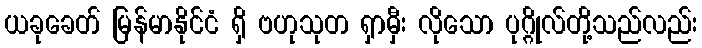
ယခုခေတ် မြန်မာနိုင်ငံ ရှိ ဗဟုသုတ ရှာမှီး လိုသော ပုဂ္ဂိုလ်တို့သည်လည်း